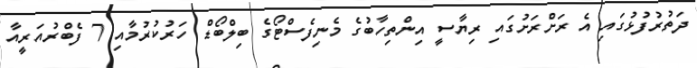
ދަތުރުފުޅުގައި އެ ރަށްރަށުގައި ރިޔާސީ އިންތިހާބުގެ މެނިފެސްޓޯގެ ބިލްބޯޑް ހަރުކުރުމާއި 7 ފެބްރުއަރީއާ